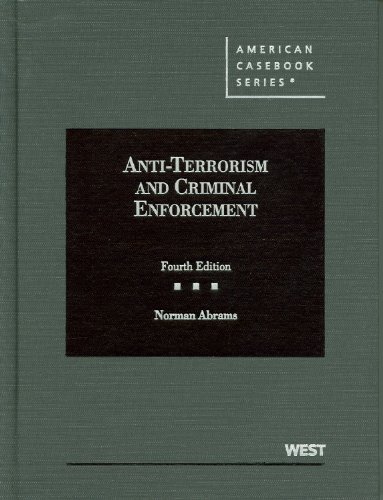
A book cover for Anti-Terrorism and Criminal Enforcement (American Casebook Series); Norman Abrams; Law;